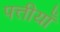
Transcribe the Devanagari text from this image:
पत्तीयाँ